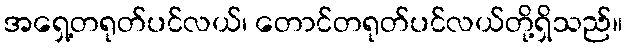
အရှေ့တရုတ်ပင်လယ်၊ တောင်တရုတ်ပင်လယ်တို့ရှိသည်။